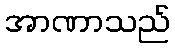
အာဏာသည်